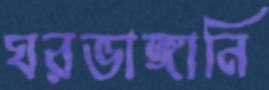
ঘরভাঙ্গানি